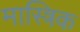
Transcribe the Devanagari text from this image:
मास्त्रिक